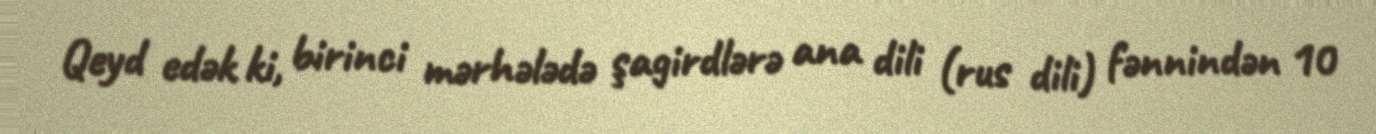
Qeyd edək ki, birinci mərhələdə şagirdlərə ana dili (rus dili) fənnindən 10